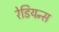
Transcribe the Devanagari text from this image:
रेडियन्स